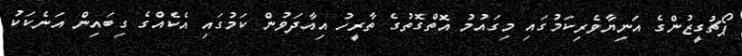
ޕޯޗުގީޒުންގެ އަނިޔާވެރިކަމުގައި މިގައުމު އޮތްގޮތުގެ ތާރީހު އިއާދަވުން ކަމުގައި އެކެއްގެ ގިބައިން އަނެކަކު